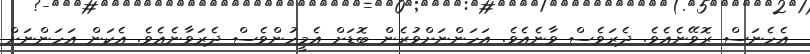
އެހެނަސް ރޮވޭނެއެވެ. ދެރަވެސް ވާނެއެވެ. އަހަންނަށްވުރެން ބޮޑަށް އެމީހުންވެސް ދެރަވާނެއެވެ. އެކަން އަހަންނަށް